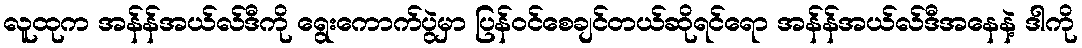
လူထုက အန်န်အယ်လ်ဒီကို ရွေးကောက်ပွဲမှာ ပြန်ဝင်စေချင်တယ်ဆိုရင်ရော အန်န်အယ်လ်ဒီအနေနဲ့ ဒါကို